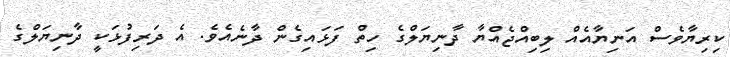
ކިރިޔާވެސް އަނިޔާއެއް ލިބިއްޖެއްޔާ ދާނިޔަލްގެ ހިތް ފަޅައިގެން ދާނެއެވެ. އެ ދަރިފުޅަކީ ދާނިޔަލްގެ